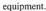
equǐpment.